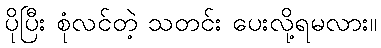
ပိုပြီး စုံလင်တဲ့ သတင်း ပေးလို့ရမလား။